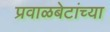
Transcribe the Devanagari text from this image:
प्रवाळबेटांच्या